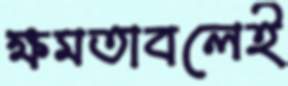
ক্ষমতাবলেই